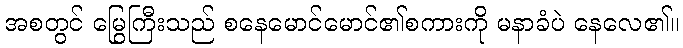
အစတွင် မြွေကြီးသည် စနေမောင်မောင်၏စကားကို မနာခံပဲ နေလေ၏။